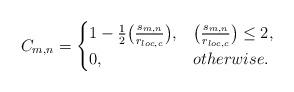
LaTeX: \begin{align*}C_{m,n}=\begin{cases}1-\frac{1}{2}\big(\frac{s_{m,n}}{r_{loc,c}}\big),& \big(\frac{s_{m,n}}{r_{loc,c}}\big) \leq 2, \\0,& otherwise.\end{cases}\end{align*}